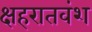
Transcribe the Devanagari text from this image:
क्षहरातवंश